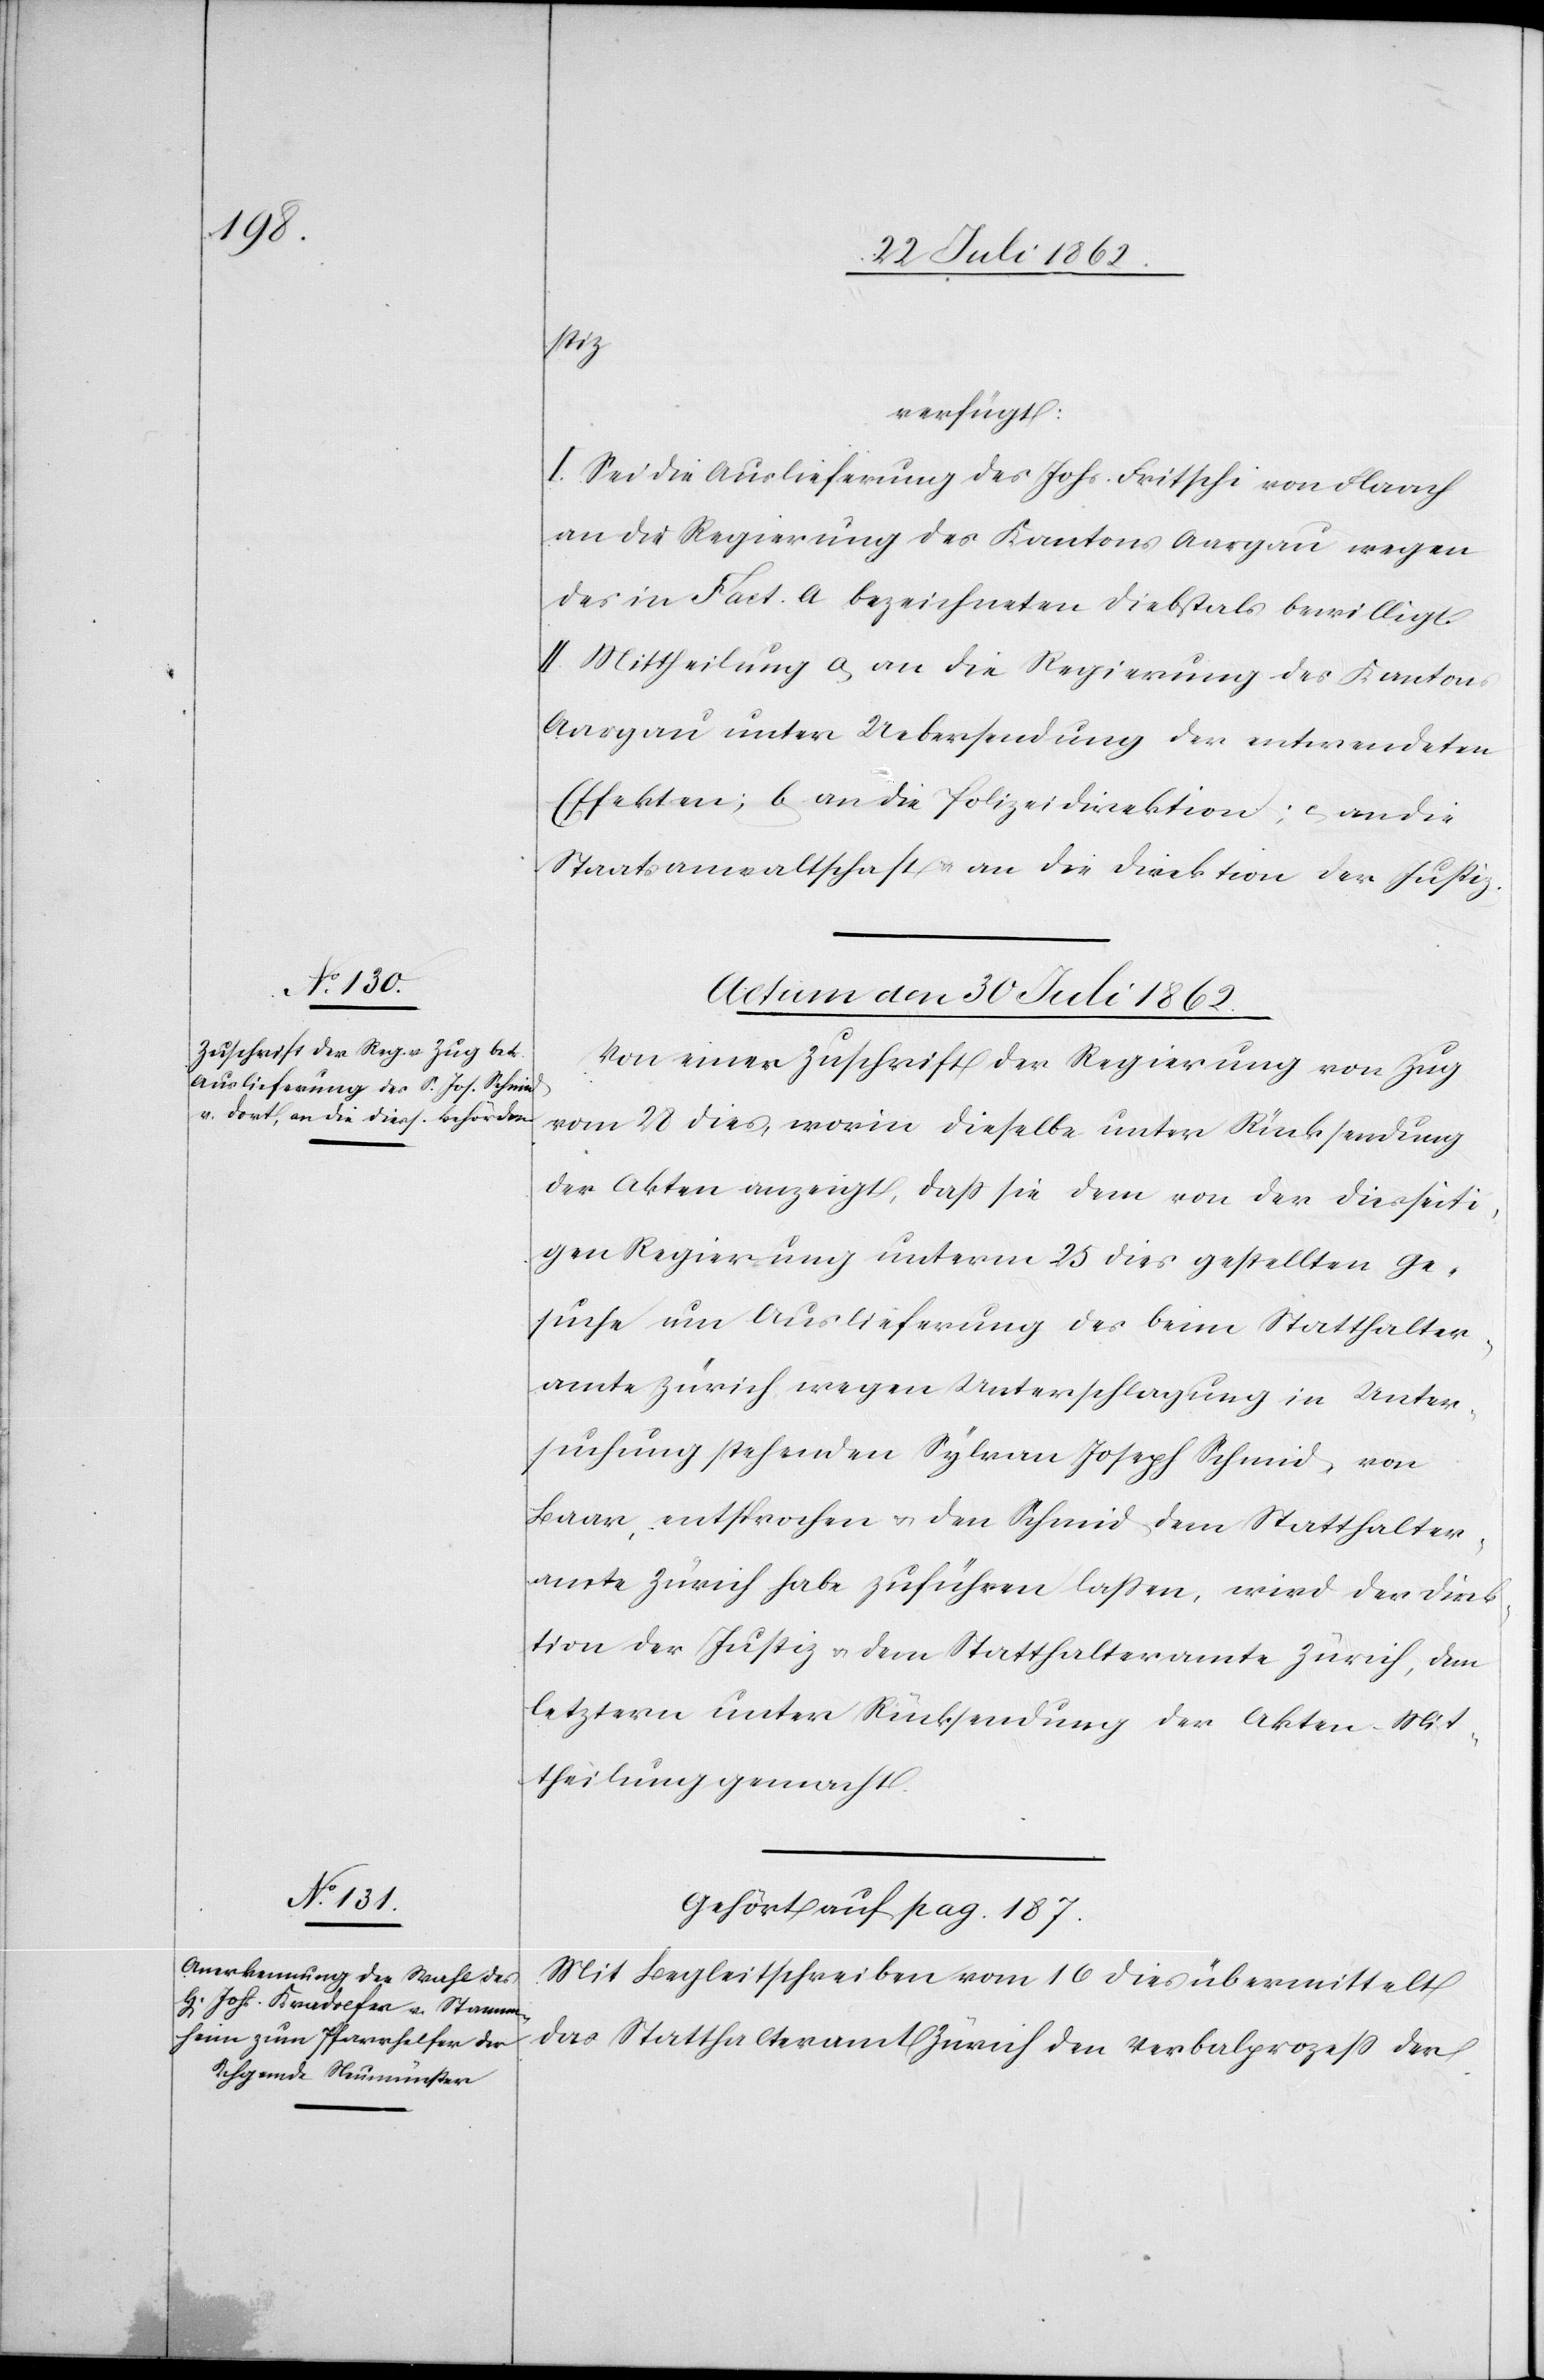
stiz
verfügt:
I. Sei die Auslieferung des Johs. Fritschi von Flaach
an die Regierung des Kantons Aargau wegen
des in Fact. A bezeichneten Diebstals bewilligt.
II. Mittheilung a. an die Regierung des Kantons
Aargau unter Uebersendung der entwendeten
Effekten; b. an die Polizeidirektion; c. an die
Staatsanwaltschaft u. an die Direktion der Justiz.
Actum den 30. Juli 1862.]
Von einer Zuschrift der Regierung von Zug
vom 28. dies, worin dieselbe unter Rücksendung
der Akten anzeigt, daß sie dem von der diesseiti¬
gen Regierung unterm 25. dies gestellten Ge¬
suche um Auslieferung des beim Statthalter¬
amte Zürich wegen Unterschlagung in Unter¬
suchung stehenden Sylvan Joseph Schmid, von
Baar, entsprochen u. den Schmid dem Statthalter¬
amte Zürich habe zuführen lassen, wird der Direk¬
tion der Justiz u. dem Statthalteramte Zürich, dem
letztern unter Rücksendung der Akten Mit¬
theilung gemacht.
Gehört auf pag. 187.
Mit Begleitschreiben vom 16. dies übermittelt
das Statthalteramt Zürich den Verbalprozeß der